Report on sanitation, dispensaries, and jails in Rajputana for 1917, and on vaccination for the year 1917-1918 - 1917-1918
Year: 1917
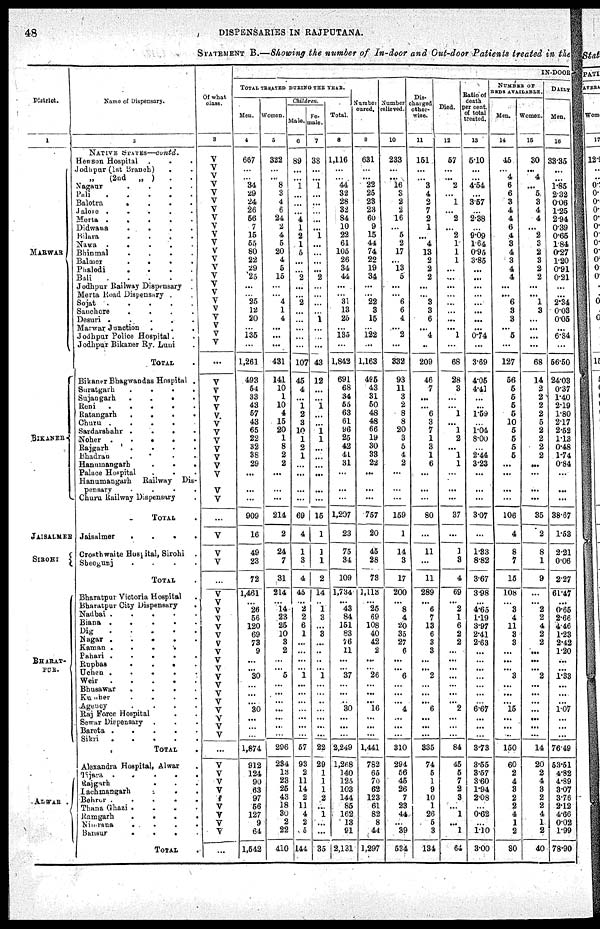
48
DISPENSARIES IN RAJPUTANA.
STATEMENT. B.—Showing the number of In-door and Out-door Patients treated in the
District.
1
MARWAR
BIKANER
JAISALMER
SIROHI
BHARAT-
PUR.
ALWAR .
Name of Dispensary.
2
NATIVE STATES—contd.
Hewson Hospital . . .
Jodhpur (1st Branch) . .
„ (2nd
„ ) . .
Nagaur
.
.
.
.
Pali
.
.
.
.
Balotra
.
.
.
.
Jalore .
.
.
.
.
Merta . . . . .
Didwana
.
.
.
.
Bilara
.
.
.
.
Nawa
.
.
. . .
Bhinmal
.
.
.
.
Balmer
.
.
.
.
Phalodi
.
.
.
.
Bali
.
.
.
.
.
Jodhpur Railway Dispensary .
Merta Road Dispensary .
Sojat
.
Sanchore
.
.
.
.
Desuri .
.
.
.
.
Marwar Junction . . .
Jodhpur Police Hospital. .
Jodhpur Bikaner Ry. Luni
TOTAL .
Bikaner Bhagwandas Hospital .
Suratgarh
.
.
.
.
Sujangarh
.
.
.
Reni
.
.
Ratangarh
.
.
.
.
Churu .
.
.
.
Sardarshahr .
.
.
Noher
.
.
.
.
Rajgarh
. . . .
Bhadran . . . .
Hanumangarh
.
.
.
Palace Hospital
.
. .
Hanumangarh
Railway Dis-
pensary
.
.
.
.
Churu Railway Dispensary .
TOTAL .
Jaisalmer
.
.
.
.
Crosthwaite Hospital, Sirohi .
Sheogunj
.
.
.
.
TOTAL .
Bharatpur Victoria Hospital .
Bharatpur City Dispensary .
Nadbai . . . . .
Biana
.
.
.
.
.
Dig . . . . .
Nagar . . . . .
Kaman . . . . .
Pahari. . . . .
Rupbas . . . . .
Uchen.
. . ..
Weir .
.
.
.
.
Bhusawar . . . . .
Kumber.
. . . . .
Agency
.
.
.
.
Rajforce Hopspital.
Sewar Dispensary .
Bareta .
.
.
.
.
Sikri
.
.
.
.
.
TOTAL .
Alexandra Hospital, Alwar
Tijara .
.
.
.
.
Rajgarh
. . .
Lachmangarh
..
.
.
Behrur
.
.
.
.
Thana Ghazi
.
.
.
.
Ramgarh
.
.
.
.
Nimrana
. .
.
.
Bansur
.
.
. .
TOTAL .
Of what
class.
3
V
V
V
V
V
V
V
V
V
V
V
V
V
V
V
V
V
V
V
V
V
V
V
...
V
V
V
V
V.
V
v
v
V
V
V
V
V
V
...
V
V
V
...
V
V
V
V
V
V
V
V
V
V
V V
V
V
V V
V
V
...
V
V
V
V
V
V
V
V
V
...
IN-DOOR
TOTAL TREATED DURING THE YEAR.
Men.
4
687
...
...
34
29
24
26
56
7
15
55
80
22
29
25
...
...
25
12
20
...
135
...
1,261
493
54
33
43
57
43
65
22
32
38
29
...
...
...
909
16
49
23
72
1,461
...
26
56
120
69
73
9
...
...
30
...
...
...
30
...
...
...
1,874
912
124
90
63
97
56
127
9
64
1,542
Women.
5
322
...
...
8
3
4
6
24
2
4
5
20
4
5
15
...
...
4
1
4
...
...
...
431
141
10
1
10
4
15
20
1
8
2
2
...
...
...
214
2
24
7
31
214
...
14
23
25
10
3
2
...
...
5
...
...
...
...
...
...
...
296
234
13
23
25
43
18
30
2
22
410
Children.
Male.
6
89
...
...
1
...
...
...
4
1
2
1
5
...
...
2
...
...
2
...
...
...
...
...
107
45
4
...
1
2
3
10
1
2
1
...
...
...
...
69
4
1
3
4
45
...
2
2
6
1
...
...
...
...
1
...
...
...
...
...
...
...
57
93
2
11
14
2
11
4
2
5
144
Fe-
male.
7
38
...
...
1
...
...
...
...
...
1
...
...
...
...
2
...
...
...
...
1
...
...
...
43
12
...
...
1
...
...
1
1
...
...
...
...
...
...
15
1
1
1
2
14
...
1
3
...
3
...
...
...
...
1
...
...
...
...
...
...
...
22
29
1
1
1
2
...
1
...
...
35
Total.
8
1,116
...
...
44
32
28
32
84
10
22
61
105
26
34
44
...
...
31
13
25
...
135
...
1,842
691
68
34
55
63
61
96
25
42
41
31
...
...
...
1,207
23
75
34
109
1,734
...
43
84
151
83
76
11
...
...
37
...
...
...
30
...
...
...
2,249
1,268
140
125
103
144
85
162
13
91
2,131
Number
cured.
9
631
...
...
22
25
23
23
60
9
15
44
74
22
19
34
...
...
22
3
15
...
122
...
1,163
495
43
31
50
48
48
66
19
30
33
22
...
...
...
757
20
45
28
73
1,113
...
25
69
108
40
42
2
...
...
26
...
...
...
16
...
...
...
1,441
782
65
70
62
123
61
82
8
44
1,297
Number
relieved.
10
233
...
...
16
3
2
2
16
...
5
2
17
...
13
5
...
...
6
6
4
...
2
...
332
93
11
3
2
8
8
20
3
5
4
2
...
...
...
159
1
14
3
17
200
...
8
4
20
35
27
6
...
...
6
...
...
...
4
...
...
...
310
294
56
45
26
7
23
44.
...
39
534
Dis-
charged
other-
wise.
11
151
...
...
3
4
2
7
2
1
. ..
4
13
2
2
2
...
...
3
3
6
...
4
..
209
46
7
...
...
6
3
7
1
3
1
6
...
...
...
80
...
11
...
11
289
...
6
7
13
6
3
3
...
...
2
...
...
...
6
...
...
...
335
74
5
1
9
10
1
26
5
3
134
Died.
12
57
...
...
2
...
1
...
2
...
2
1
1
1
...
...
...
...
...
...
...
...
1
...
68
28
3
...
...
1
...
1
2
...
1
1
...
...
...
37
...
1
3
4
69
...
2
1
6
2
2
...
...
...
...
...
...
...
2
...
...
...
84
45
5
7
2
3
...
1
...
1
64
Ratio of
death
percent.
of total
treated.
13
5.10
...
...
4.54
...
3.57
...
2.38
...
9.09
1.64
0.95
3.85
...
...
...
...
...
...
...
...
0.74
...
3.69
4.05
4.41
...
...
1.59
...
1.04
8.00
...
2.44
3.23
...
...
...
3.07
...
1.33
8.82
3.67
3.98
...
4.65
1.19
3.97
2.41
2.63
...
...
...
...
...
...
...
6.67
...
...
...
3.73
3.55
3.57
3.60
1.94
2.08
...
0.62
...
1.10
3.00
NUMBER OF
BEDS AVAILABLE.
Men.
14
45
...
4
6
6
3
4
4
6
4
3
4
3
4
4
...
...
6
3
3
...
5
...
127
56
5
5
5
6
10
5
5
5
5
...
...
...
...
106
4
8
7
15
108
...
3
4
11
3
3
...
...
...
3
...
...
...
15
...
...
...
150
60
2
4
3
2
2
4
1
2
80
Women.
15
30
...
4
...
5,
3
4
4
...
2
3
2
3
2
2
...
...
1
3
...
...
...
...
68
14
2
2
2
2
5
2
2
2
2
...
...
...
...
35
2
8
1
9
...
...
2
2
4
2
2
...
...
...
2
...
...
...
...
...
...
...
14
20
2
4
3
2
2
4
1
2
40
DAILY
Men.
16
33.35
...
...
1.85
2.32
0.06
1.25
2.94
0.39
0.65
1.84
0.27
1.20
0.91
0.21
...
...
2.34
0.03
0.05
...
6.84
...
66.50
24.03
0.37
1.40
2.19
1.80
2.17
2.52
1.13
0.48
1.74
0.84
...
...
...
38.67
1.53
2.21
0.06
2.27
61.47
...
0.65
2.66
4.46
1.23
2.42
1.20
...
...
1.33
...
...
...
1.07
...
...
...
76.49
53.51
4.82
4.89
3.07
3.76
2.12
4.66
0.02
1.99
78.90